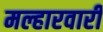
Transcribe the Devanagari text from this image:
मल्हारवारी